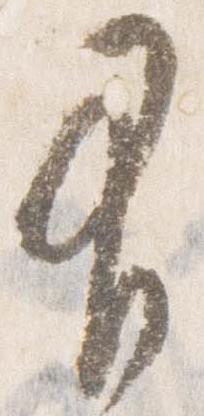
有